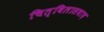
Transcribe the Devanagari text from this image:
चित्विलासवाद